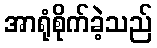
အာရုံစိုက်ခဲ့သည်